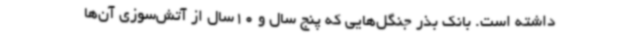
داشته است. بانک بذر جنگل‌هایی که پنج سال و 10سال از آتش‌سوزی آن‌ها